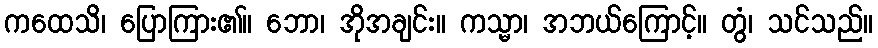
ကထေသိ၊ ပြောကြား၏။ ဘော၊ အိုအချင်း။ ကသ္မာ၊ အဘယ်ကြောင့်။ တွံ၊ သင်သည်။